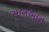
સાનભાન